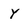
Character: Y